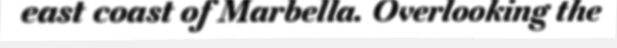
east coast of Marbella. Overlooking the